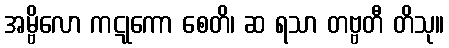
အမ္ဗိလော ကဋုကော စေတိ၊ ဆ ရသာ တဗ္ဗတီ တိသု။